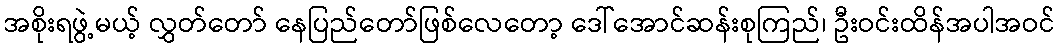
အစိုးရဖွဲ့မယ့် လွှတ်တော် နေပြည်တော်ဖြစ်လေတော့ ဒေါ်အောင်ဆန်းစုကြည်၊ ဦးဝင်းထိန်အပါအဝင်